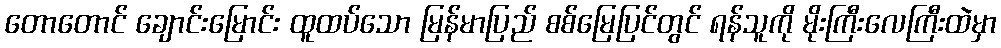
တောတောင် ချောင်းမြောင်း ထူထပ်သော မြန်မာပြည် စစ်မြေပြင်တွင် ရန်သူကို မိုးကြီးလေကြီးထဲမှာ